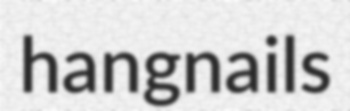
hangnails